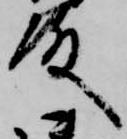
殿